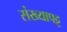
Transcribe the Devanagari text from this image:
संख्यापट्ट